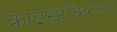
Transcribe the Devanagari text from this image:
क्राइस्टकिन्डल